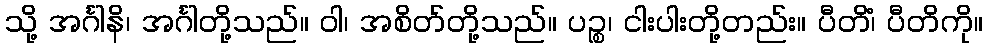
သို့ အင်္ဂါနိ၊ အင်္ဂါတို့သည်။ ဝါ၊ အစိတ်တို့သည်။ ပဉ္စ၊ ငါးပါးတို့တည်း။ ပီတိံ၊ ပီတိကို။